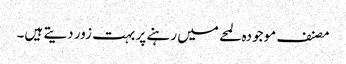
مصنف موجودہ لمحے میں رہنے پر بہت زور دیتے ہیں۔